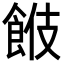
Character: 𩛑